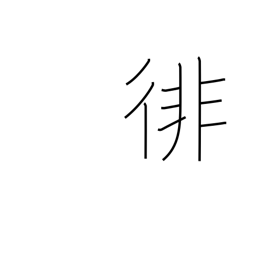
Meaning: wander